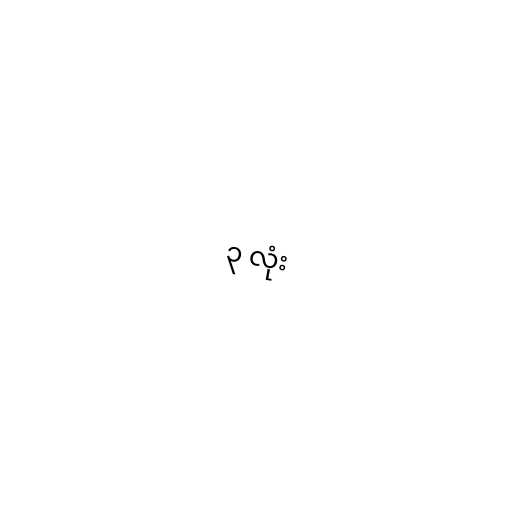
၃ လုံး